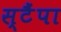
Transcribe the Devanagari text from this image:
स्टैंपा